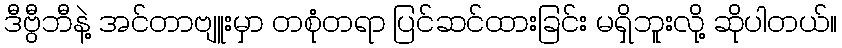
ဒီဗွီဘီနဲ့ အင်တာဗျူးမှာ တစုံတရာ ပြင်ဆင်ထားခြင်း မရှိဘူးလို့ ဆိုပါတယ်။